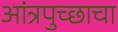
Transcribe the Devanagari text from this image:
आंत्रपुच्छाचा